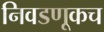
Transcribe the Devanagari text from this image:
निवडणूकच